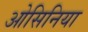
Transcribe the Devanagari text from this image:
ओसिनिया